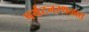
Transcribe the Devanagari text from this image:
पर्यटनस्थळात